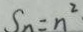
S _ { n } = n ^ { 2 }